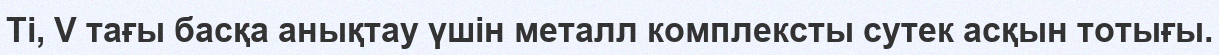
Ti, V тағы басқа анықтау үшін металл комплексты сутек асқын тотығы.